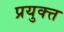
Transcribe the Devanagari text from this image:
प्रयुक्त्त